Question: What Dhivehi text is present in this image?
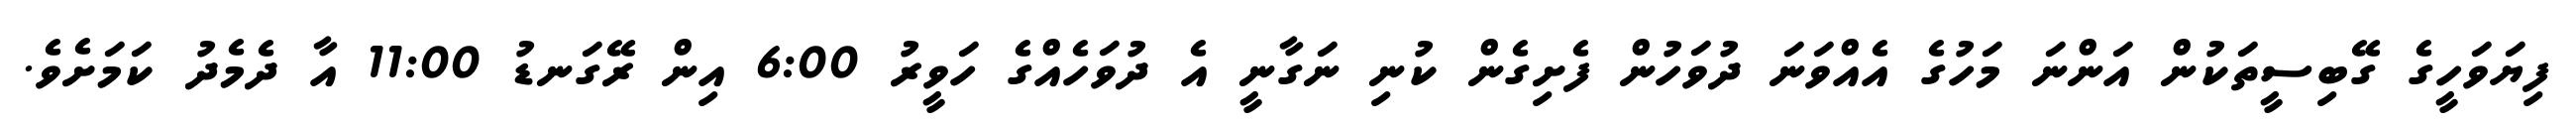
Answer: ފިޔަވަހީގެ ގޭބިސީތަކުން އަންނަ މަހުގެ އެއްވަނަ ދުވަހުން ފެށިގެން ކުނި ނަގާނީ އެ ދުވަހެއްގެ ހަވީރު 6:00 އިން ރޭގަނޑު 11:00 އާ ދެމެދު ކަމަށެވެ.